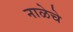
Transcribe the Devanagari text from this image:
नाळेचे